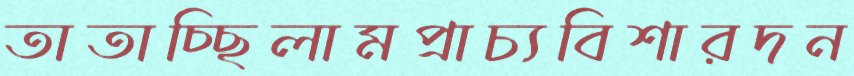
তাতাচ্ছিলামপ্রাচ্যবিশারদন